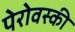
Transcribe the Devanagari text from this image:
पेरोवस्की